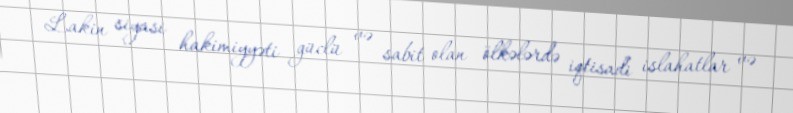
Lakin siyasi hakimiyyəti güclü və sabit olan ölkələrdə iqtisadi islahatlar və